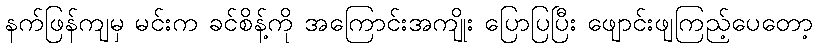
နက်ဖြန်ကျမှ မင်းက ခင်စိန့်ကို အကြောင်းအကျိုး ပြောပြပြီး ဖျောင်းဖျကြည့်ပေတော့